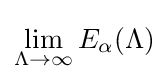
\lim _{\Lambda \to \infty }E_{\alpha }(\Lambda )